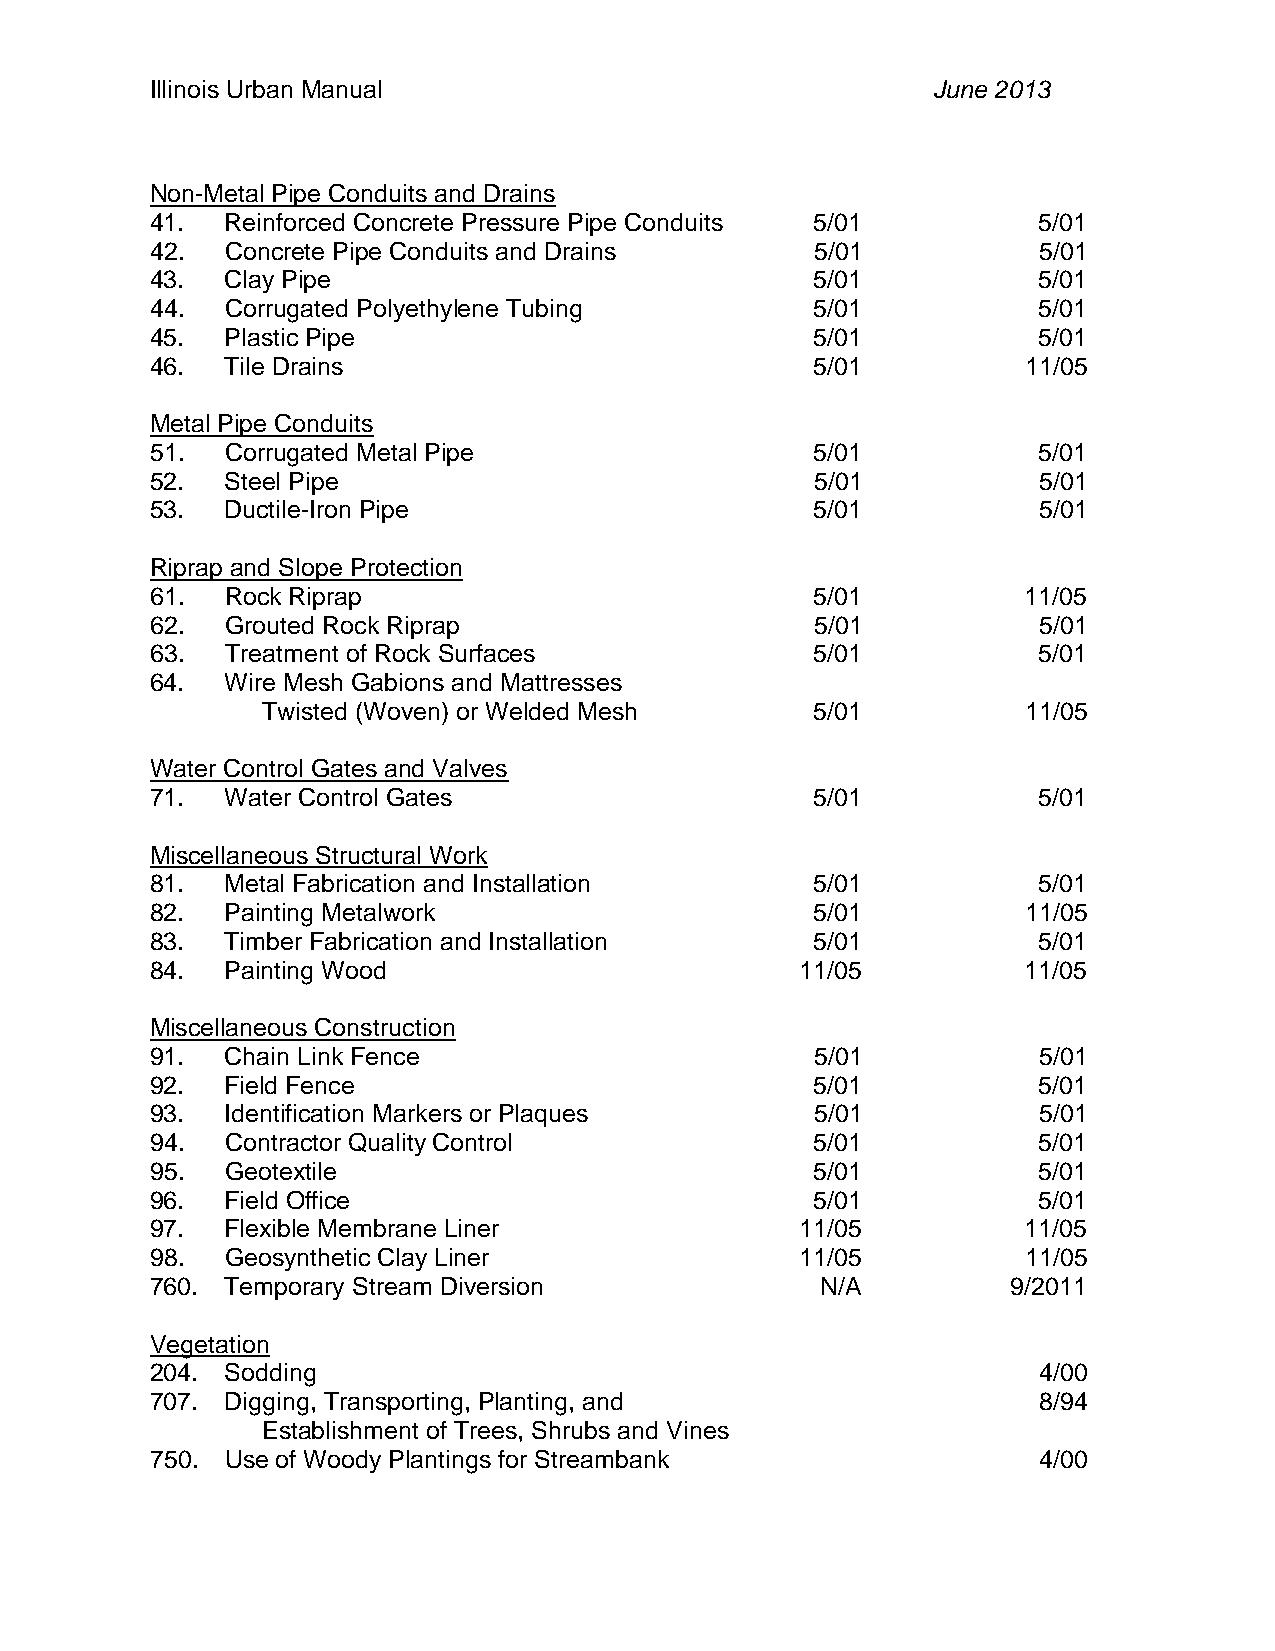
Illinois Urban Manual                               June 2013
 Non-Metal Pipe Conduits and Drains
 41.  Reinforced Concrete Pressure Pipe Conduits 5/01       5/01
 42.  Concrete Pipe Conduits and Drains      5/01           5/01
 43.  Clay Pipe                              5/01           5/01
 44.  Corrugated Polyethylene Tubing         5/01           5/01
 45.  Plastic Pipe                           5/01           5/01
 46.  Tile Drains                            5/01          11/05
 Metal Pipe Conduits
 51.  Corrugated Metal Pipe                  5/01           5/01
 52.  Steel Pipe                             5/01           5/01
 53.  Ductile-Iron Pipe                      5/01           5/01
 Riprap and Slope Protection
 61.  Rock Riprap                            5/01          11/05
 62.  Grouted Rock Riprap                    5/01           5/01
 63.  Treatment of Rock Surfaces             5/01           5/01
 64.  Wire Mesh Gabions and Mattresses
 Twisted (Woven) or Welded Mesh       5/01          11/05
 Water Control Gates and Valves
 71.  Water Control Gates                    5/01           5/01
 Miscellaneous Structural Work
 81.  Metal Fabrication and Installation     5/01           5/01
 82.  Painting Metalwork                     5/01          11/05
 83.  Timber Fabrication and Installation    5/01           5/01
 84.  Painting Wood                         11/05          11/05
 Miscellaneous Construction
 91.  Chain Link Fence                       5/01           5/01
 92.  Field Fence                            5/01           5/01
 93.  Identification Markers or Plaques      5/01           5/01
 94.  Contractor Quality Control             5/01           5/01
 95.  Geotextile                             5/01           5/01
 96.  Field Office                           5/01           5/01
 97.  Flexible Membrane Liner               11/05          11/05
 98.  Geosynthetic Clay Liner               11/05          11/05
 760. Temporary Stream Diversion             N/A          9/2011
 Vegetation
 204. Sodding                                               4/00
 707. Digging, Transporting, Planting, and                  8/94
 Establishment of Trees, Shrubs and Vines
 750. Use of Woody Plantings for Streambank                 4/00